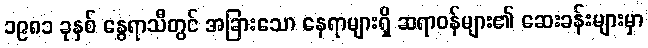
၁၉၈၁ ခုနှစ် နွေရာသီတွင် အခြားသော နေရာများရှိ ဆရာဝန်များ၏ ဆေးခန်းများမှာ